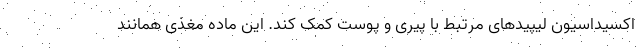
اکسیداسیون لیپیدهای مرتبط با پیری و پوست کمک کند. این ماده مغذی همانند